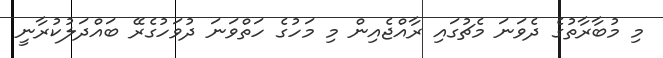
މި މުބާރާތުގެ ދެވަނަ މެޗުގައި ރާއްޖެއިން މި މަހުގެ ހަތްވަނަ ދުވަހުގެރޭ ބައްދަލުކުރާނީ